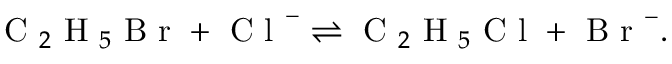
\mathrm { ~ C ~ } _ { 2 } \mathrm { ~ H ~ } _ { 5 } \mathrm { ~ B ~ r ~ } + \mathrm { ~ C ~ l ~ } ^ { - } \rightleftharpoons \mathrm { ~ C ~ } _ { 2 } \mathrm { ~ H ~ } _ { 5 } \mathrm { ~ C ~ l ~ } + \mathrm { ~ B ~ r ~ } ^ { - } .